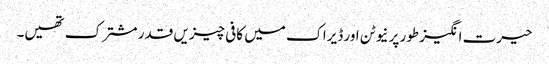
حیرت انگیز طور پر نیوٹن اور ڈیراک میں کافی چیزیں قدر مشترک تھیں۔